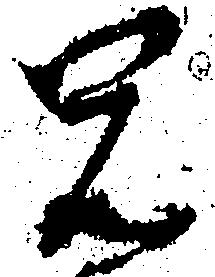
兄